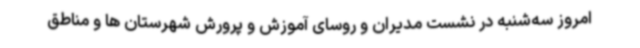
امروز سه‌شنبه در نشست مدیران و روسای آموزش و پرورش شهرستان ها و مناطق